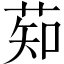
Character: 䓡